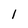
Character: l